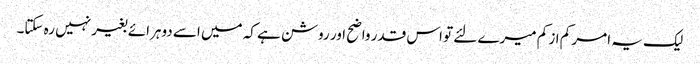
لیک یہ امر کم از کم میرے لئے تو اس قدر واضح اور روشن ہے کہ میں اسے دوہرائے بغیر نہیں رہ سکتا۔